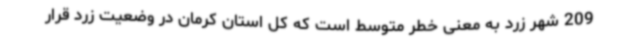
209 شهر زرد به معنی خطر متوسط است که کل استان کرمان در وضعیت زرد قرار